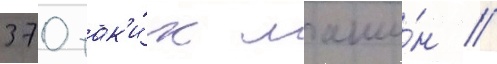
370 так'и́х маши́н //